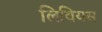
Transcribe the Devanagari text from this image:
लिवियस